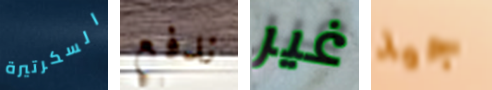
السكرتيرة ندفع غير جيد